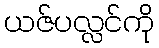
ယဇ်ပလ္လင်ကို